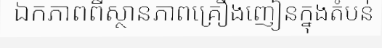
ឯកភាពពីស្ថានភាពគ្រឿងញៀនក្នុងតំបន់